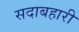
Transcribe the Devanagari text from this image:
सदाबहारी